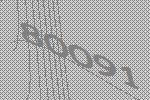
80091